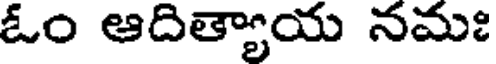
ఓం ఆదిత్యాయ నమః